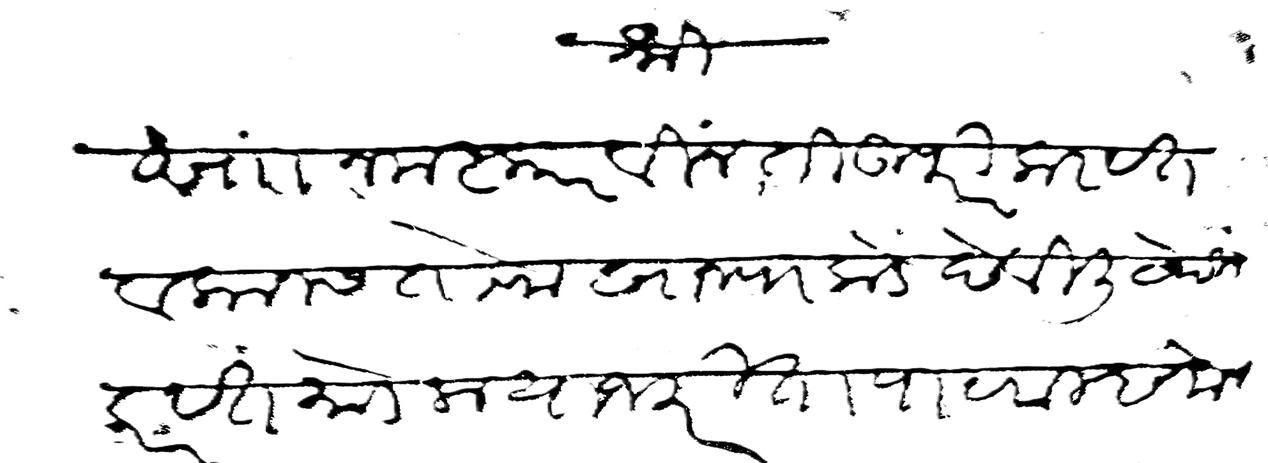
Transliteration (Devanagari): श्री सां नमस्कार विनंती उपरी करवत व कानस तोफखान्याकडे देवीली येथील करवत मोडला याजकरीता पाटवा म्हणोन